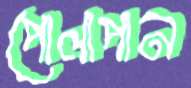
পোলাপান